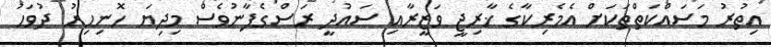
އިތުރު މަސައްކަތްތަކަށް އެމެރިކާގެ ޚާރިޖީ ވަޒީރާއި ސައުދީ ރަސްގެފާނުވެސް މިދިޔަ ހޮނިހިރު ދުވަހު